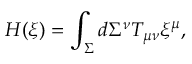
H ( \xi ) = \int _ { \Sigma } d \Sigma ^ { \nu } T _ { \mu \nu } \xi ^ { \mu } ,